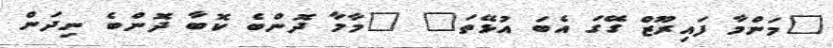
"މަންމާ ފައިރޫޒް ގޭގަ އެބަ އުޅޭތަ" "މާމާ ދޮންބެ ކޮބާ ދޮންބެ ނިދަން